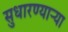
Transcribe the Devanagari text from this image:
सुधारण्याऱ्या